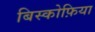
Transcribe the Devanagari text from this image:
बिस्कोफ़िया